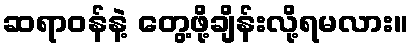
ဆရာဝန်နဲ့ တွေ့ဖို့ချိန်းလို့ရမလား။